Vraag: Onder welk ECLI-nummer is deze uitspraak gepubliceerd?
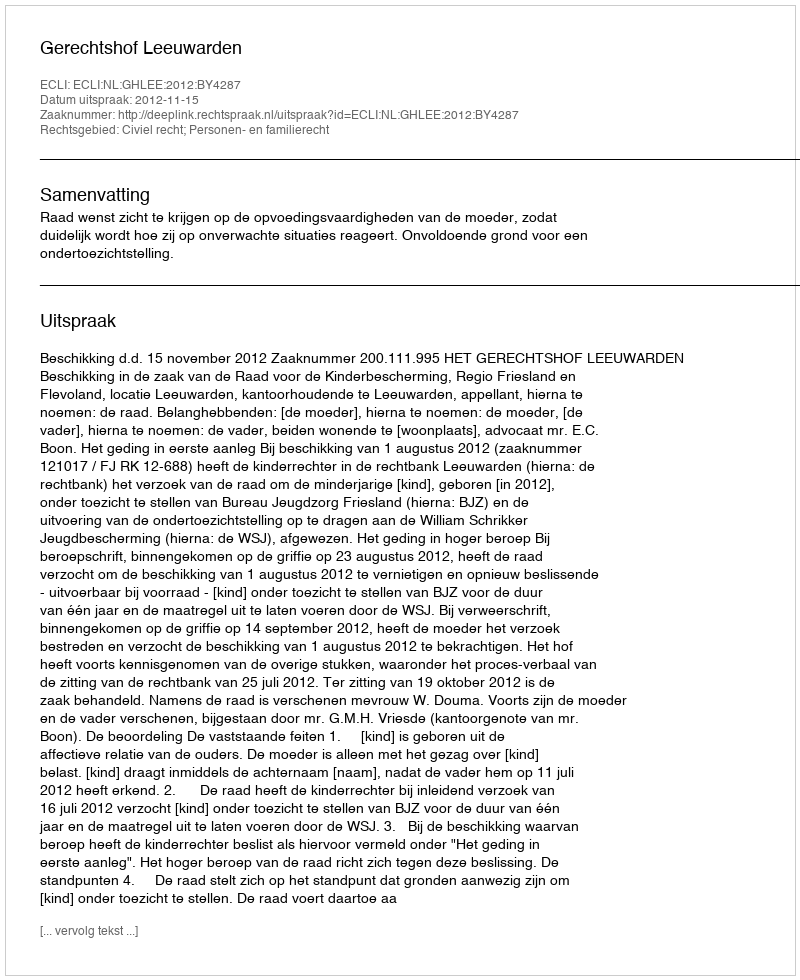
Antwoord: ECLI:NL:GHLEE:2012:BY4287